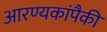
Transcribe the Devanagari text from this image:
आरण्यकांपैकी